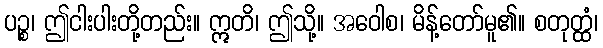
ပဉ္စ၊ ဤငါးပါးတို့တည်း။ ဣတိ၊ ဤသို့။ အဝေါစ၊ မိန့်တော်မူ၏။ စတုတ္ထံ၊